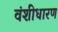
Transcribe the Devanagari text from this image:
वंशीधारण